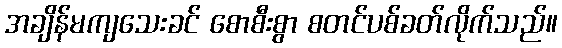
အချိန်မကျသေးခင် စောစီးစွာ စတင်ပစ်ခတ်လိုက်သည်။